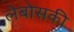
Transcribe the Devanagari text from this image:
लेबोसकी